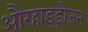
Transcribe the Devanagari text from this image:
औरहाइड्रोजन